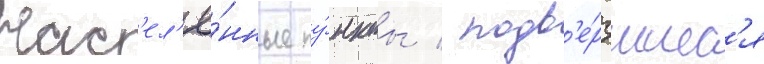
Нас'ел'ё́нные пу́нкты / подв'е́ргшиес'я